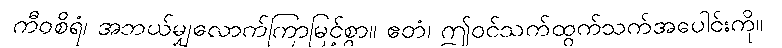
ကီဝစိရံ၊ အဘယ်မျှလောက်ကြာမြင့်စွာ။ ဧတံ၊ ဤဝင်သက်ထွက်သက်အပေါင်းကို။